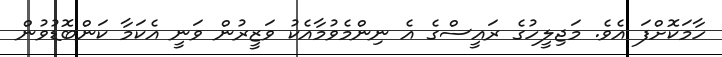
ހާމަކޮށްފަ އެވެ. މަޖިލީހުގެ ރައީސްގެ އެ ނިންމެވުމާއެކު ވަޒީރުން ވަނީ އެކަމާ ކަންބޮޑުވުން